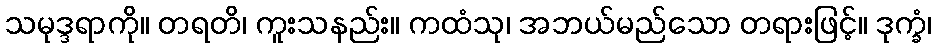
သမုဒ္ဒရာကို။ တရတိ၊ ကူးသနည်း။ ကထံသု၊ အဘယ်မည်သော တရားဖြင့်။ ဒုက္ခံ၊